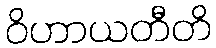
ဝိဟာယတီတိ